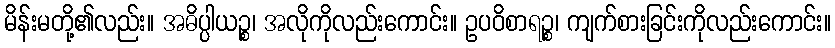
မိန်းမတို့၏လည်း။ အဓိပ္ပါယဉ္စ၊ အလိုကိုလည်းကောင်း။ ဥပဝိစာရဉ္စ၊ ကျက်စားခြင်းကိုလည်းကောင်း။